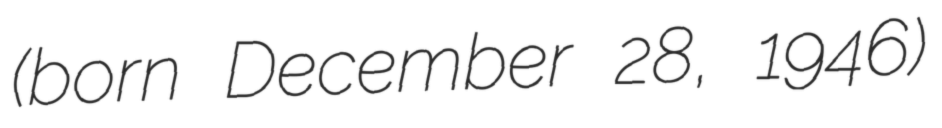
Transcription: (born December 28, 1946)